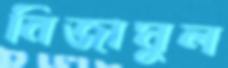
নিজামুল